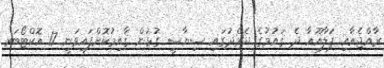
ރާއްޖެއާއި ޕަލާއޫއާ ދެ ޤައުމުގެ ދެމެދުގައި ސިޔާސީ ގުޅުން ޤާއިމުކޮށްފައިވަނީ 17 އޮކްޓޯބަރ